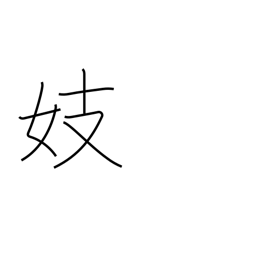
Meaning: singing girl